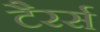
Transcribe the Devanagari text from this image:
टैरर्स